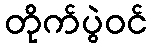
တိုက်ပွဲဝင်